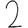
Digit: 2